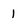
Character: 1